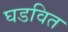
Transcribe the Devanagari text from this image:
घडवित